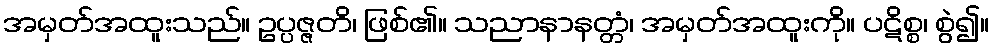
အမှတ်အထူးသည်။ ဥပ္ပဇ္ဇတိ၊ ဖြစ်၏။ သညာနာနတ္တံ၊ အမှတ်အထူးကို။ ပဋိစ္စ၊ စွဲ၍။